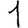
Digit: 1